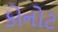
કોનોટ